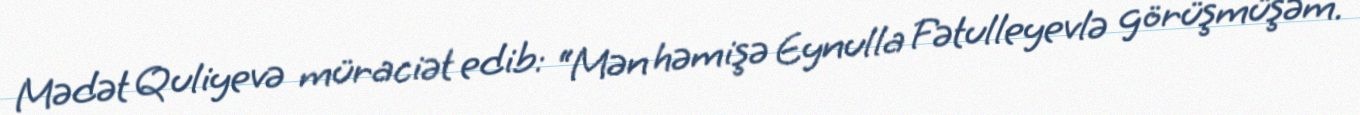
Mədət Quliyevə müraciət edib: “Mən həmişə Eynulla Fətulleyevlə görüşmüşəm.